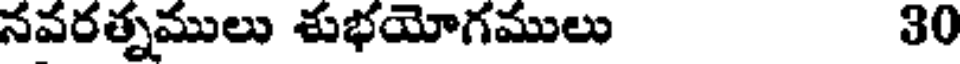
నవరత్నములు శుభయోగములు 30